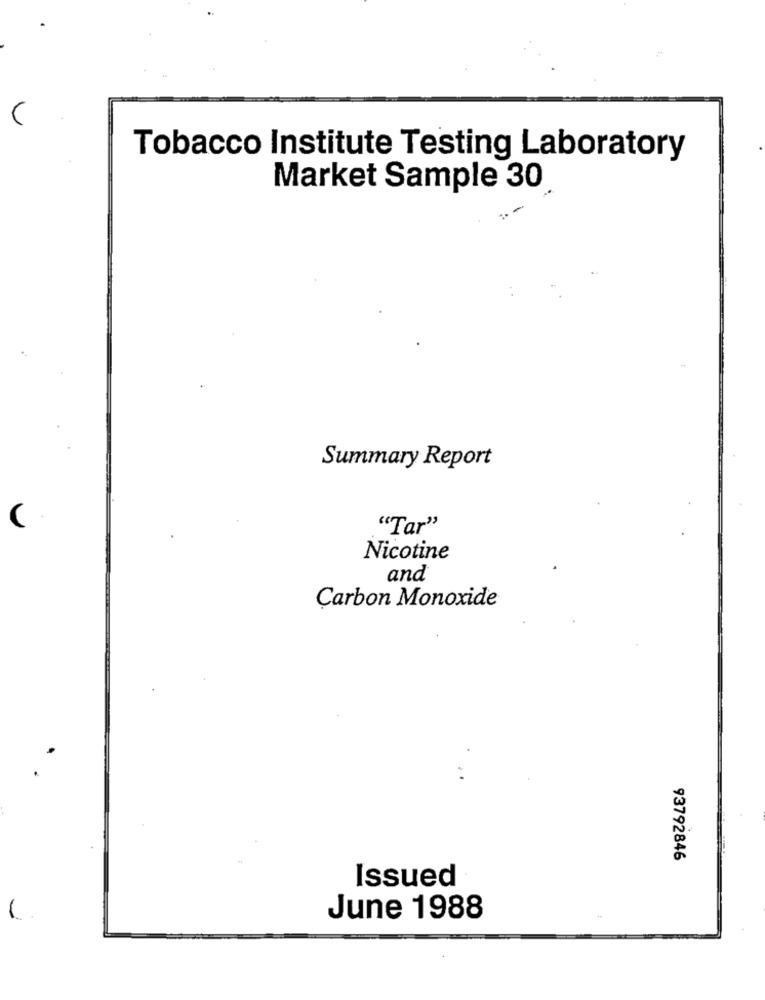
Tobacco Institute Testing Laboratory
Market Sample 30
Summary Report
"Tar"
Nicotine
and
Carbon Monoxide
93792846
Issued
June 1988